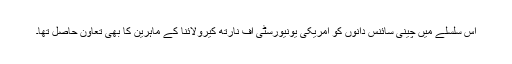
اس سلسلے میں چینی سائنس دانوں کو امریکی یونیورسٹی آف نارتھ کیرولائنا کے ماہرین کا بھی تعاون حاصل تھا۔